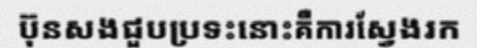
ប៊ុនសងជួបប្រទះនោះគឺការស្វែងរក